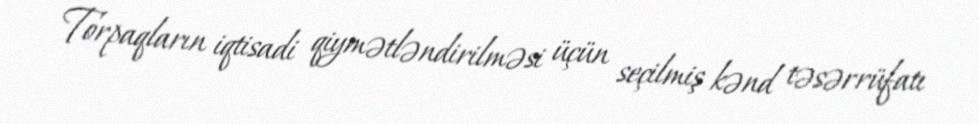
Torpaqların iqtisadi qiymətləndirilməsi üçün seçilmiş kənd təsərrüfatı